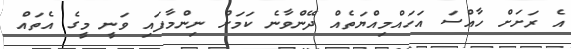
އެ ރަށަށް ހާއްސަ އަހައްމިއްޔަތެއް ދޭންވާނެ ކަމަށް ނިންމާފައި ވަނީ މީގެ އެތައް